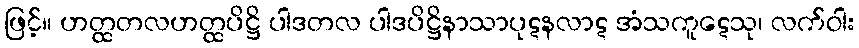
ဖြင့်။ ဟတ္ထတလဟတ္ထပိဋ္ဌိ ပါဒတလ ပါဒပိဋ္ဌိနာသာပုဋနလာဋ အံသကူဋေသု၊ လက်ဝါး